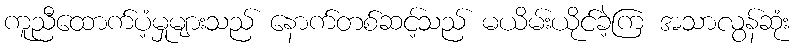
ကူညီထောက်ပံ့မှုများသည် နောက်တစ်ဆင့်သည် မယိမ်းယိုင်ခဲ့ကြ အသာလွန်ဆုံး